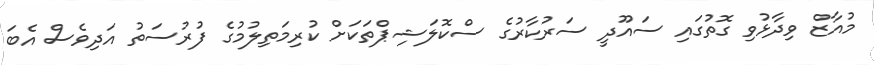
މުއާޒް ވިދާޅުވި ގޮތުގައި ސައޫދީ ސަރުކާރުގެ ސްކޮލަޝިޕްތަކަށް ކުރިމަތިލުމުގެ ފުރުސަތު އަދިވެސް އެބަ